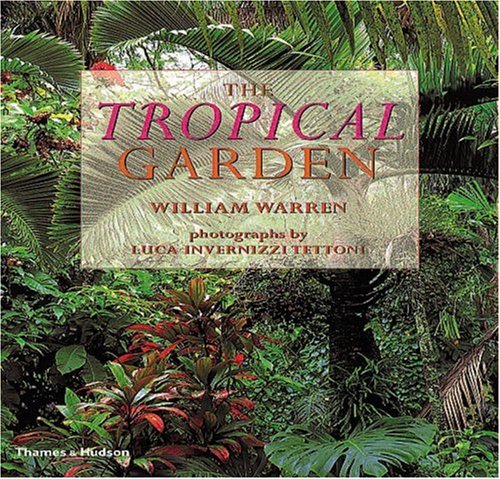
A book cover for The Tropical Garden; William Warren; Crafts, Hobbies & Home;